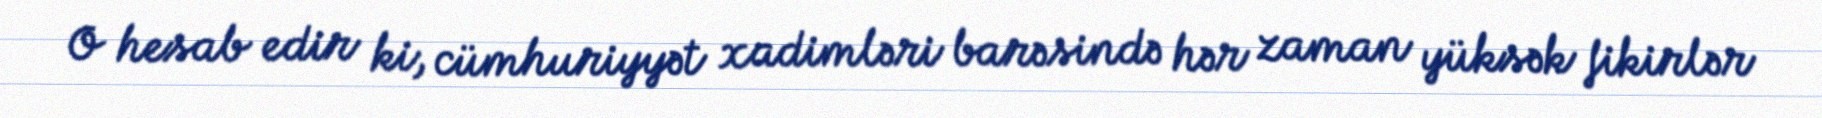
O hesab edir ki, cümhuriyyət xadimləri barəsində hər zaman yüksək fikirlər